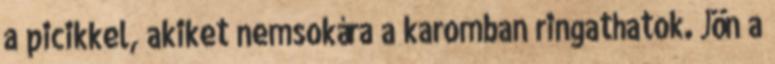
a picikkel, akiket nemsokára a karomban ringathatok. Jön a